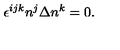
\epsilon ^ { i j k } n ^ { j } \Delta n ^ { k } = 0 .